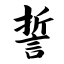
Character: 誓